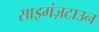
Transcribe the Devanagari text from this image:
साइमंज़टाउन